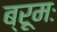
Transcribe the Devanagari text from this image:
ब्रूमः